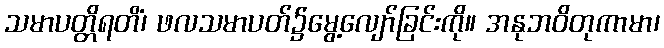
သမာပတ္တိရတိံ၊ ဖလသမာပတ်၌မွေ့လျော်ခြင်းကို။ အနုဘဝိတုကာမာ၊